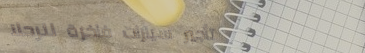
تأجير سيارات فاخرة للرحلا